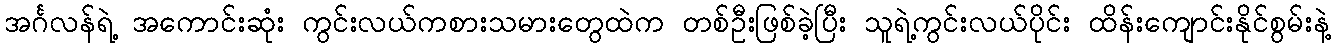
အင်္ဂလန်ရဲ့ အကောင်းဆုံး ကွင်းလယ်ကစားသမားတွေထဲက တစ်ဦးဖြစ်ခဲ့ပြီး သူရဲ့ကွင်းလယ်ပိုင်း ထိန်းကျောင်းနိုင်စွမ်းနဲ့